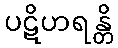
ပဋိဟရန္တိ